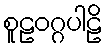
စူဠဝဂ္ဂပါဠိ